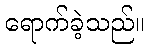
ရောက်ခဲ့သည်။